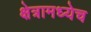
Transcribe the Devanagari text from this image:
क्षेत्रामध्येच